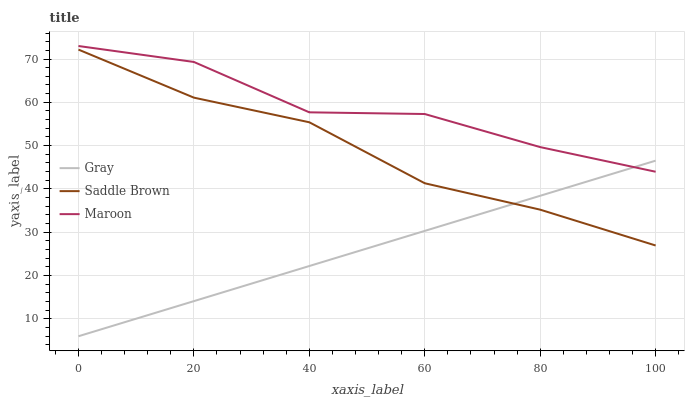
| xaxis_label | Gray | Saddle Brown | Maroon |
 | --- | --- | --- | --- |
 | 0 | 6 | 72.2 | 73 |
 | 20 | 14.1 | 61.1 | 69.3 |
 | 40 | 22.2 | 55.4 | 57.7 |
 | 60 | 30.3 | 41.3 | 57.3 |
 | 80 | 38.4 | 35.2 | 49.7 |
 | 100 | 46.5 | 26.9 | 44 |